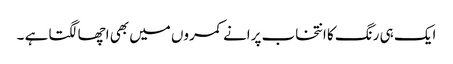
ایک ہی رنگ کا انتخاب پرانے کمروں میں بھی اچھا لگتا ہے ۔